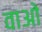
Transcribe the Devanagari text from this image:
वाओ